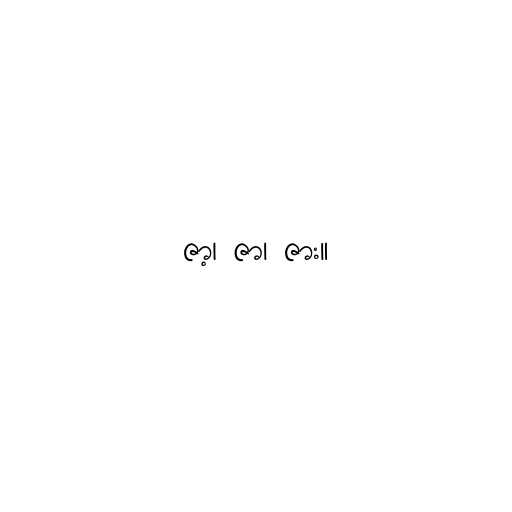
ဇာ့၊ ဇာ၊ ဇား။